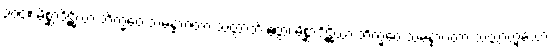
၃၀၄။ မိစ္ဆာဒိဋ္ဌိယာ ဘိက္ခဝေ သမန္နာဂတာ သတ္တာတိ ဧတ္ထ၊ မိစ္ဆာဒိဋ္ဌိယာ ဘိက္ခဝေ သမန္နာဂတာ သတ္တာဟူသော